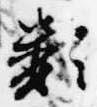
類